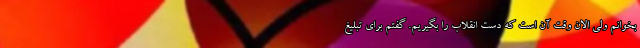
بخوانم ولی الان وقت آن است که دست انقلاب را بگیریم. گفتم برای تبلیغ